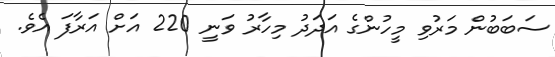
ސަބަބުން މަރުވި މީހުންގެ އަދަދު މިހާރު ވަނީ 220 އަށް އަރާފަ އެވެ.